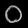
Digit: ၀